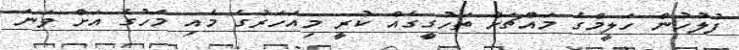
ފުލުހުން ހަލީމްގެ މައްޗަށް ތަހުގީގެއް ކުރީ މިއަހަރުގެ މެއި މަހުގެ އަށް ވަނަ